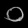
Digit: ၀